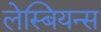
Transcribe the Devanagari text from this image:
लेस्बियन्स